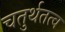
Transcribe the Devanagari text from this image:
चतुर्थतत्व